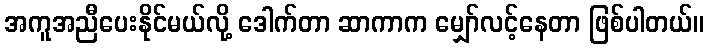
အကူအညီပေးနိုင်မယ်လို့ ဒေါက်တာ ဆာကာက မျှော်လင့်နေတာ ဖြစ်ပါတယ်။